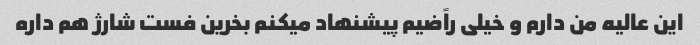
این عالیه من دارم و خیلی راًضیم پیشنهاد میکنم بخرین فست شارژ هم داره